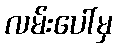
လမ်းပေါ်မှ